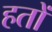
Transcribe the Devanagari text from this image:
हतों